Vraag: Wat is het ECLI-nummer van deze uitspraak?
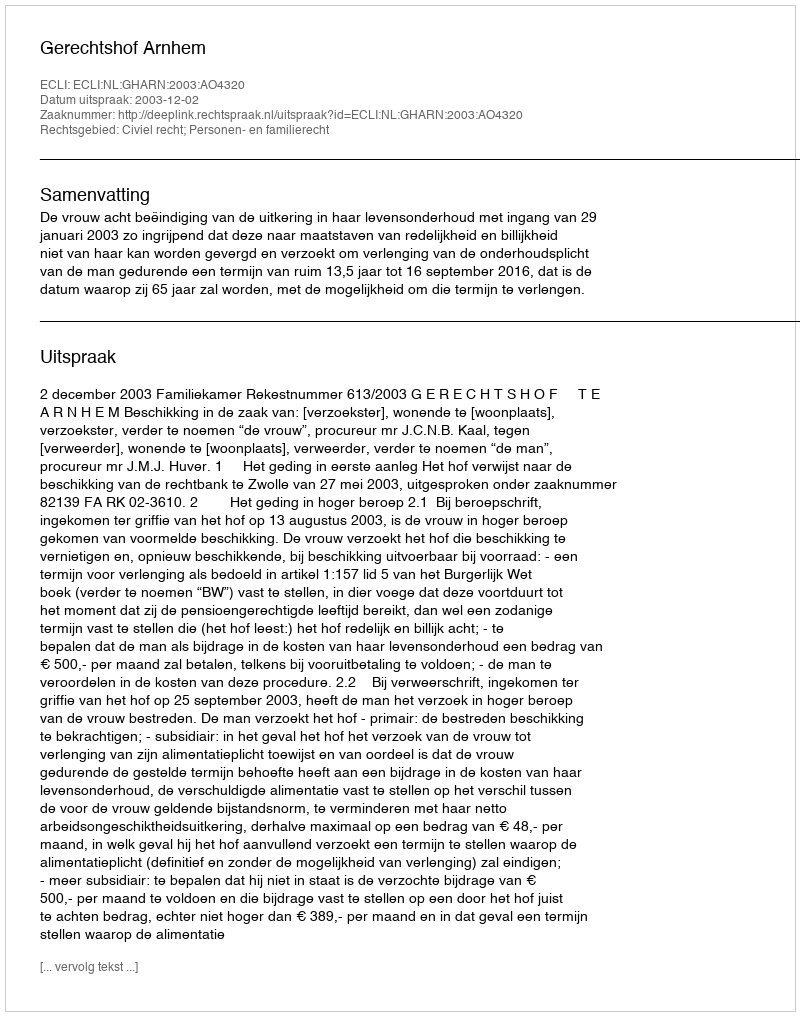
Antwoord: ECLI:NL:GHARN:2003:AO4320